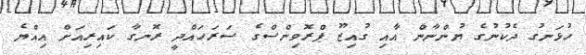
ހުޅަނގު ދެކުނުގެ ޔުންނާން އާއި ގުއިޒޫ ޕްރޮވިންސްގެ ސަރަހައްދީ ރޮނގާ ކައިރިއަށް އިއްޔެ